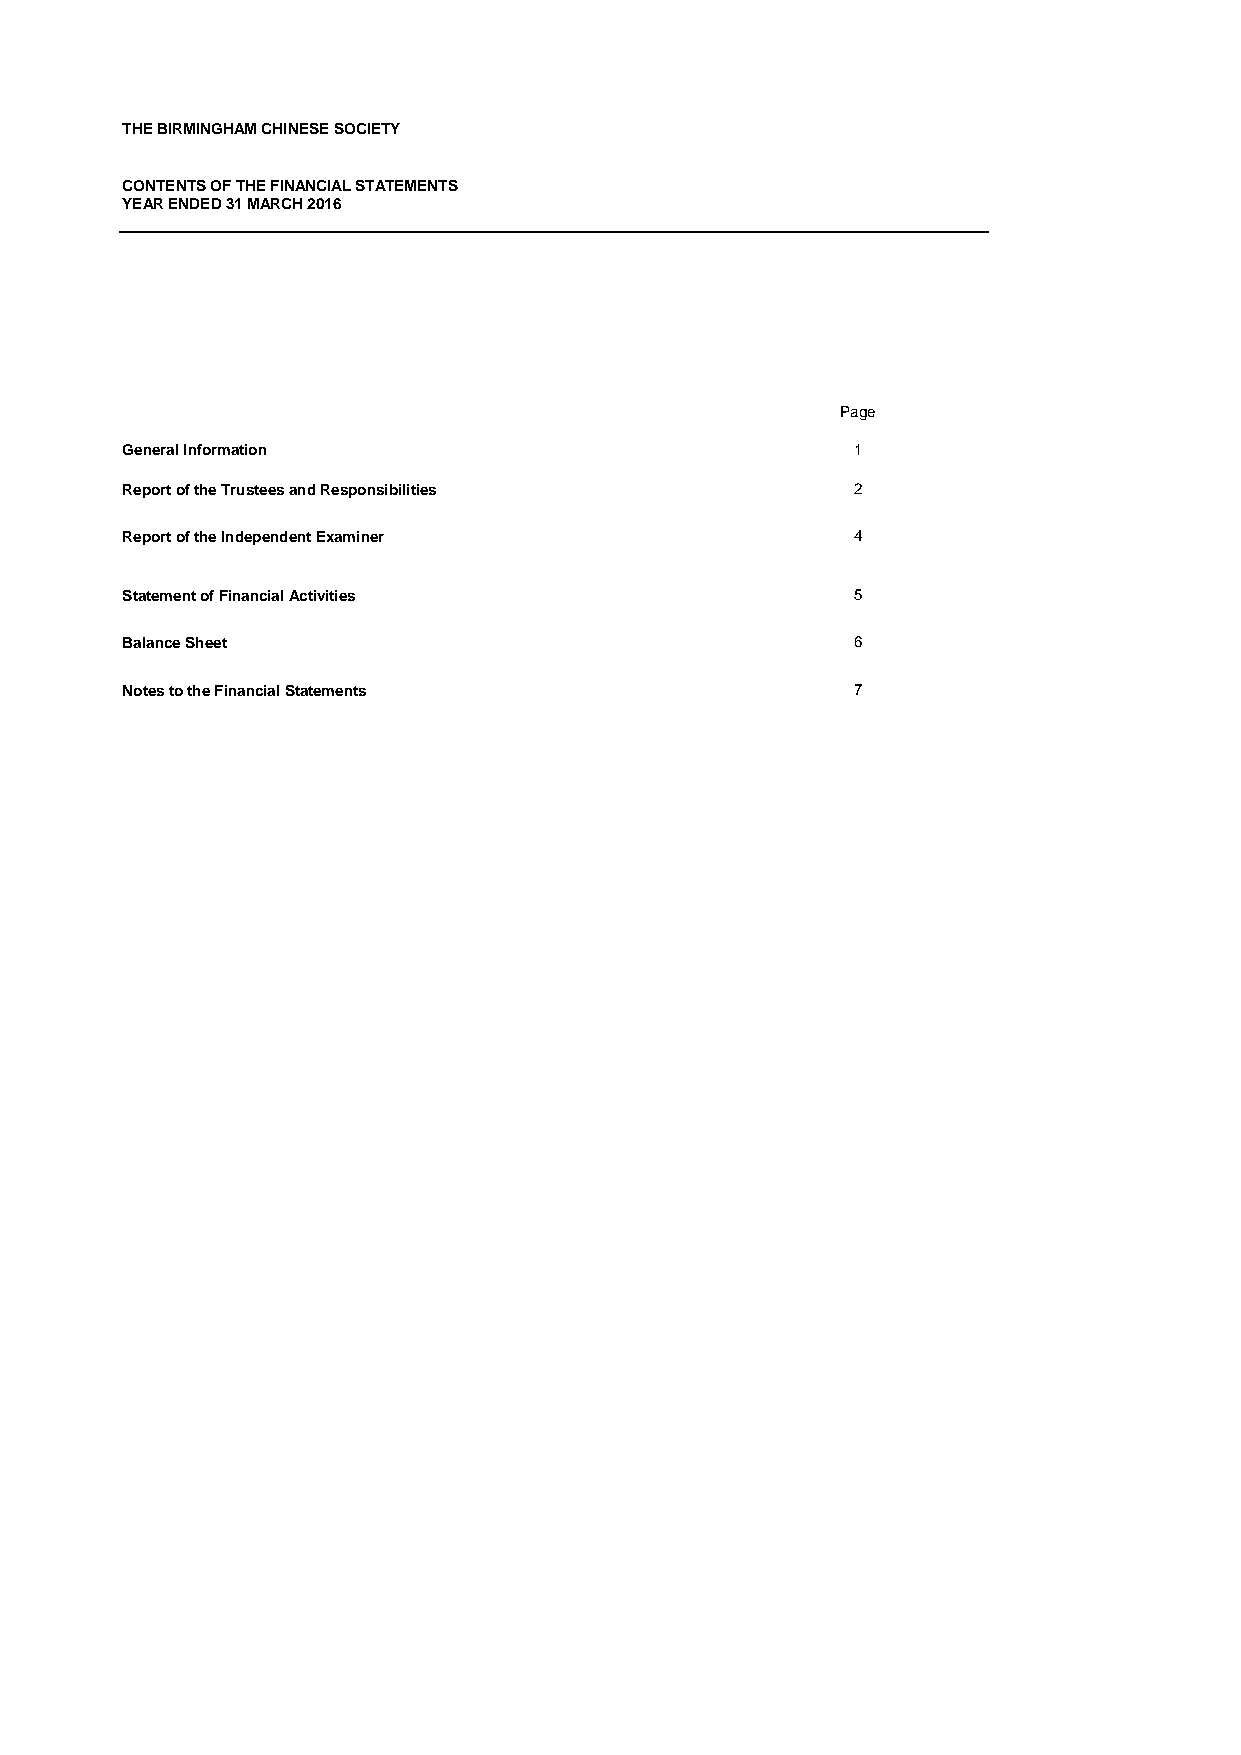
THE BIRMINGHAM CHINESE SOCIETY
 CONTENTS OF THE FINANCIAL STATEMENTS
 YEAR ENDED 31 MARCH 2016
 Page
 General Information                             1
 Report of the Trustees and Responsibilities     2
 Report of the Independent Examiner              4
 Statement of Financial Activities               5
 Balance Sheet                                   6
 Notes to the Financial Statements               7
 Page 1